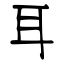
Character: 耳